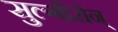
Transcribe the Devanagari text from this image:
सुल्गीरोन्